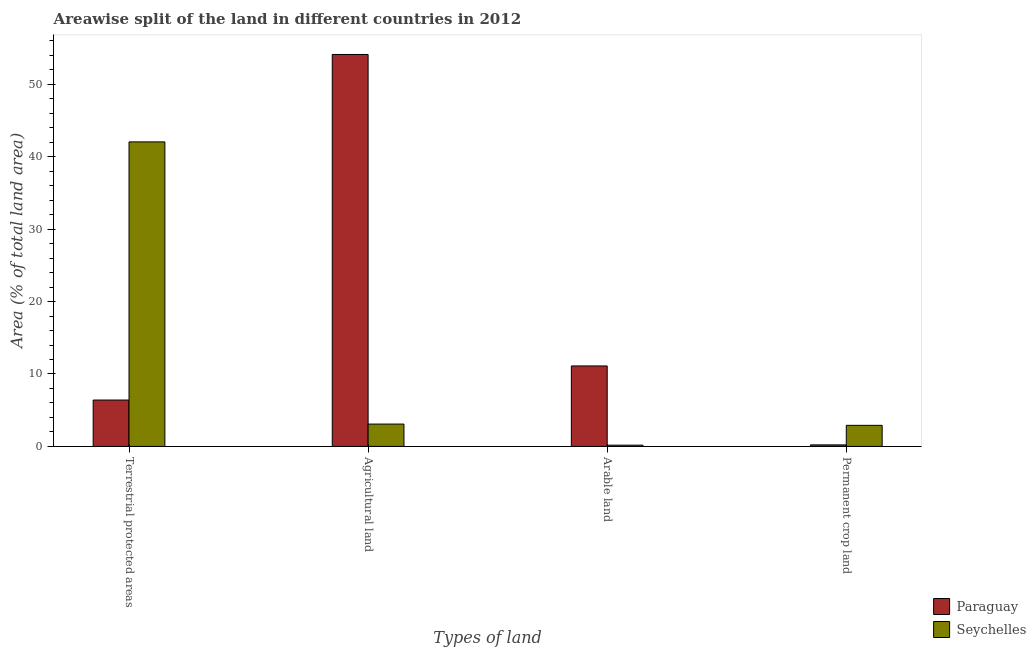
| Types of land | Paraguay | Seychelles |
 | --- | --- | --- |
 | Terrestrial protected areas | 6.4 | 42 |
 | Agricultural land | 54.1 | 3.09 |
 | Arable land | 11.1 | 0.174 |
 | Permanent crop land | 0.214 | 2.91 |